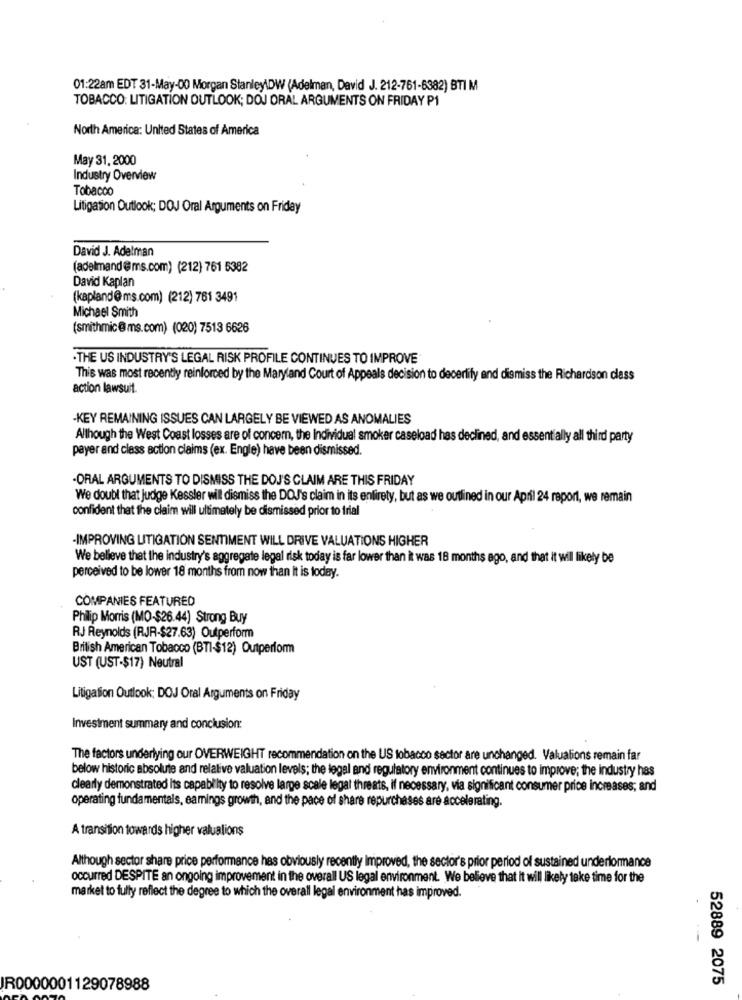
01:22am EDT 31-May-00 Morgan Stanley\DW (Adelman, David J. 212-761-6382) BTI M
TOBACCO: LITIGATION OUTLOOK; DOJ ORAL ARGUMENTS ON FRIDAY P1
North America: United States of America
May 31, 2000
Industry Overview
Tobacco
Litigation Outlook; DOJ Oral Arguments on Friday
David J. Adelman
(adelmand@ms.com) (212) 761 5382
David Kaplan
(kapland@ms.com) (212) 761 3491
Michael Smith
(smithmic@ms.com) (020) 7513 6626
.THE US INDUSTRY'S LEGAL RISK PROFILE CONTINUES TO IMPROVE
This was most recently reinforced by the Maryland Court of Appeals decision to decerlify and dismiss the Richardson class
action lawsuit.
-KEY REMAINING ISSUES CAN LARGELY BE VIEWED AS ANOMALIES
Although the West Coast losses are of concer, the Individual smoker caseload has declined, and essentially all third party
payer and class action claims (ex. Engle) have been dismissed.
.ORAL ARGUMENTS TO DISMISS THE DOJ'S CLAIM ARE THIS FRIDAY
We doubt that judge Kessler will dismiss the DOJ's claim in its entirety, but as we outlined in our April 24 report, we remain
confident that the claim will ultimately be dismissed prior to trial
-IMPROVING LITIGATION SENTIMENT WILL DRIVE VALUATIONS HIGHER
We believe that the industry's aggregate legal risk today is far lower than it was 18 months ago, and that it wil likely be
perceived to be lower 18 months from now than It is today.
COMPANIES FEATURED
Philip Morris (MO-$26.44) Strong Buy
RJ Reynolds (RJR-$27.63) Outperform
British American Tobacco (BTI-$12) Outperform
UST (UST-$17) Neutral
Litigation Outlook; DOJ Oral Arguments on Friday
Investment summary and conclusion:
The factors underlying our OVERWEIGHT recommendation on the US tobacco sector are unchanged. Valuations remain far
below historic absolute and relative valuation levels; the legal and regulatory environment continues to improve; the industry has
clearly demonstrated its capability to resolve large scale legal threats, if necessary, via significant consumer price increases; and
operating fundamentals, eamings growth, and the pace of share repurchases are accelerating.
A transition towards higher valuations
Although sector share price performance has obviously recently improved, the sector's prior period of sustained underlorance
occurred DESPITE an ongoing improvement in the overall US legal environment. We believe that it will likely take time for the
market to fully reflect the degree to which the overall legal environment has improved.
52889 2075
IR0000001129078988